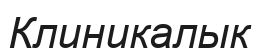
Клиникалык